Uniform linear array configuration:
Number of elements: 64
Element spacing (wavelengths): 1
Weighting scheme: uniform
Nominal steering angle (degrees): -45
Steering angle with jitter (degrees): -46.13
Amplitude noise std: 0.05
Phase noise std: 0.05

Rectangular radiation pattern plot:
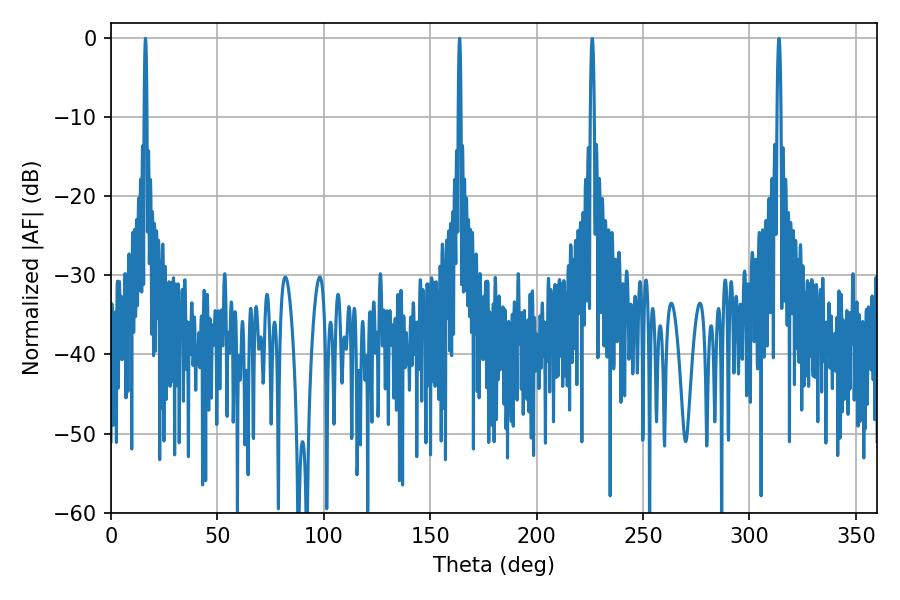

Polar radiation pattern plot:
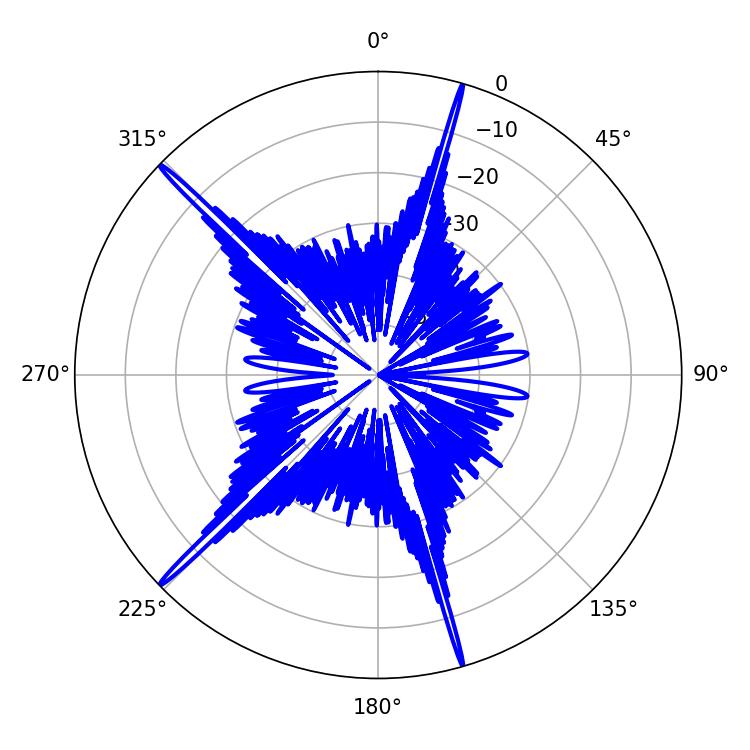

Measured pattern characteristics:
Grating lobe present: TRUE
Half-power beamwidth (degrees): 0.72
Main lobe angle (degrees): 16.2